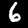
Label: 6